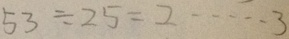
5 3 \div 2 5 = 2 \cdots 3